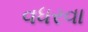
વધરવા